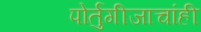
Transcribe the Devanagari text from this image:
पोर्तुगीजाचांही